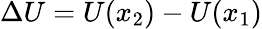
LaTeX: \Delta U=U(x_{2})-U(x_{1})